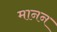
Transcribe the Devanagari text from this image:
मानन